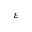
\varepsilon